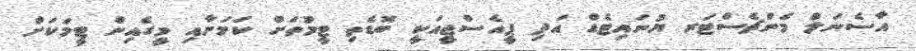
އާސެނަލް މެންޗެސްޓަރ ޔުނައިޓެޑް އަދި ޕީއެސްޖީއަކީ ބޮޑެތި ޓީމުތަށް ކަމަށާއި މީގެއިން ޓީމަކަށް